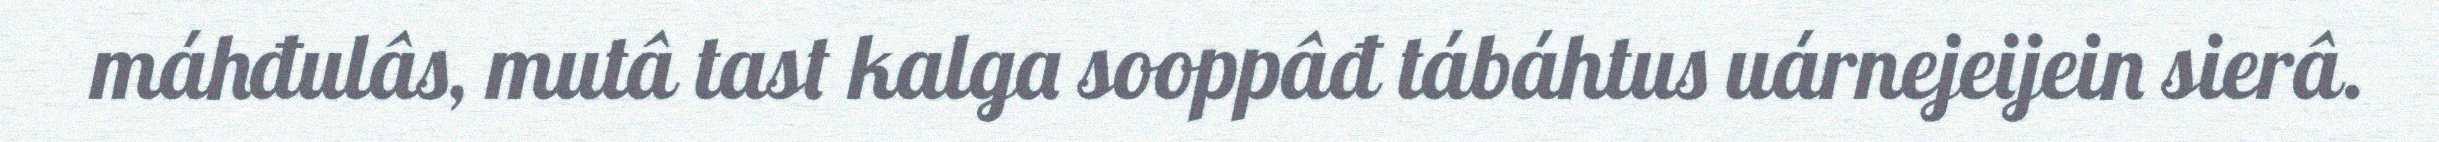
máhđulâs, mutâ tast kalga sooppâđ tábáhtus uárnejeijein sierâ.